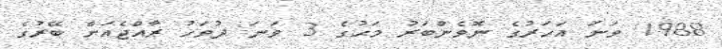
1988 ވަނަ އަހަރުގެ ނޮވެންބަރު މަހުގެ 3 ވަނަ ދުވަހު ރާއްޖެއަށް ބޭރުގެ